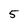
Character: 5